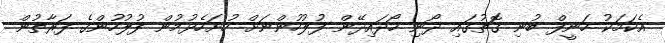
އެކަމަކު ހަނީފް ބުނި ގޮތުގައި ދޯނި ހޯދައިދޭން ފުލުހުންނަށް ހުށަހެޅުމުން ފުލުހުންގެ ފަރާތުން